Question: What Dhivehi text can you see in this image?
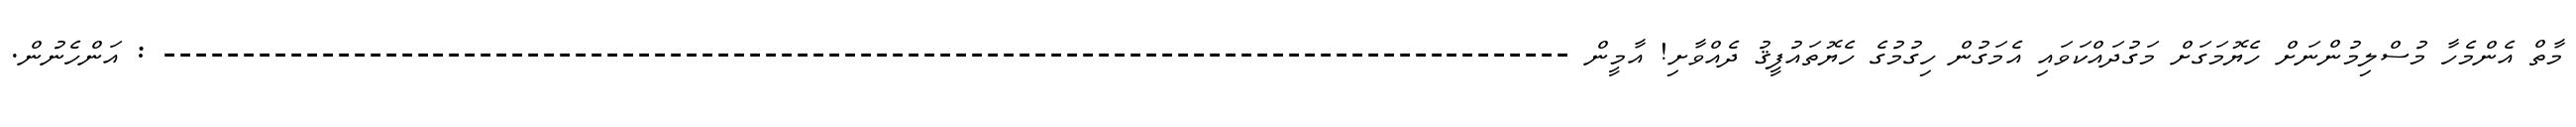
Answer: މާތް އެންމެހާ މުސްލިމުންނަށް ހެޔޮމަގަށް މަގުދައްކަވައި އެމަގުން ހިގުމުގެ ހެޔޮތައުފީޤު ދެއްވާށި! އާމީން ----------------------------------------------------------------------------------------- : އަންހެނުން.